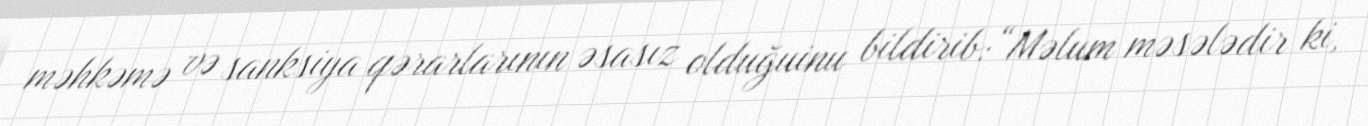
məhkəmə və sanksiya qərarlarının əsasız olduğuinu bildirib:“Məlum məsələdir ki,